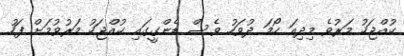
ކުއްޖަކު މަރުވެ މިދިއަ ހޯމަ ދުވަހު ވެސް ޑެންގީގައި ކުއްޖަކު މަރުވުމަށް ފަހު